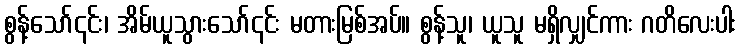
စွန့်သော်၎င်း၊ အိမ်ယူသွားသော်၎င်း မတားမြစ်အပ်။ စွန့်သူ၊ ယူသူ မရှိလျှင်ကား ဂတိလေးပါး